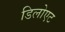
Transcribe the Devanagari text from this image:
डिलोएट